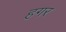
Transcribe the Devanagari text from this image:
हगर